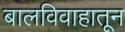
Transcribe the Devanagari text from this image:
बालविवाहातून